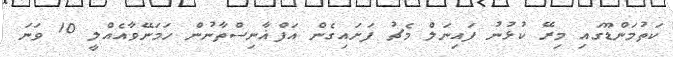
ކަތުމަންޑޫގައި މިރޭ ކުޅުނު ފައިނަލް މެޗު ފަށައިގެން އަފްޣާނިސްތާނުން ހަމަނޭވާއެއްލީ 10 ވަނަ